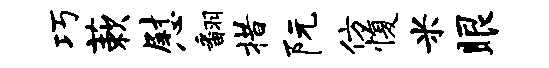
巧蔌慰翻措阮仿愎米眼